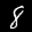
Label: 8